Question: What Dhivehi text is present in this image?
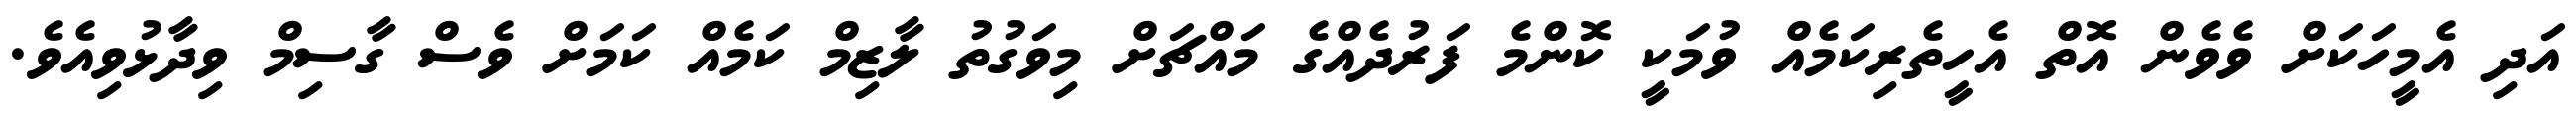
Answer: އަދި އެމީހަކަށް ވެވެން އޮތް އެހީތެރިކަމެއް ވުމަކީ ކޮންމެ ފަރުދެއްގެ މައްޗަށް މިވަގުތު ލާޒިމް ކަމެއް ކަމަށް ވެސް ގާސިމް ވިދާޅުވިއެވެ.